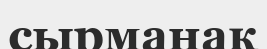
сырманақ